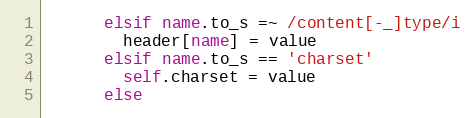
Language: Ruby
      elsif name.to_s =~ /content[-_]type/i
        header[name] = value
      elsif name.to_s == 'charset'
        self.charset = value
      else